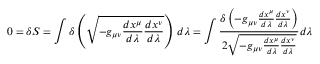
0 = \delta S = \int \delta \left( { \sqrt { - g _ { \mu \nu } { \frac { d x ^ { \mu } } { d \lambda } } { \frac { d x ^ { \nu } } { d \lambda } } } } \right) \, d \lambda = \int { \frac { \delta \left( - g _ { \mu \nu } { \frac { d x ^ { \mu } } { d \lambda } } { \frac { d x ^ { \nu } } { d \lambda } } \right) } { 2 { \sqrt { - g _ { \mu \nu } { \frac { d x ^ { \mu } } { d \lambda } } { \frac { d x ^ { \nu } } { d \lambda } } } } } } d \lambda